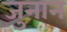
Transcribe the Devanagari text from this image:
जुनान